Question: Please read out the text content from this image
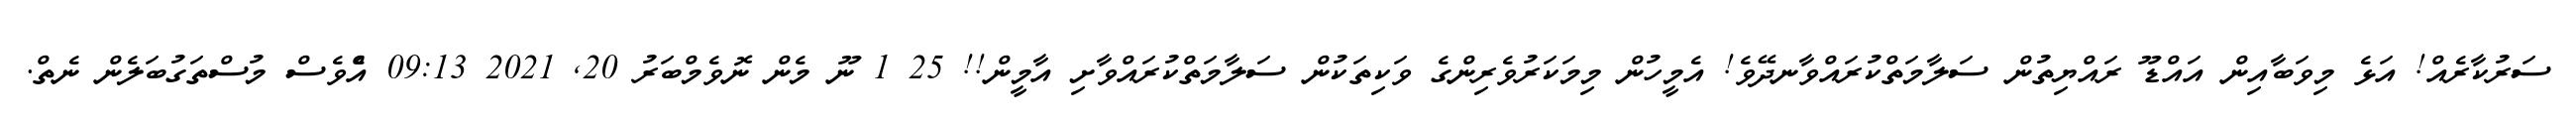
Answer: ސަރުކާރެއް! އަޅެ މިވަބާއިން އައްޑޫ ރައްޔިތުން ސަލާމަތްކުރައްވާނދޭވެ! އެމީހުން މިމަކަރުވެރިންގެ ވަކިތަކުން ސަލާމަތްކުރައްވާށި އާމީން!! 25 1 ނޫ މެން ނޮވެމްބަރު 20, 2021 09:13 އެްވެސް މުސްތަގުބަލެން ނެތް.